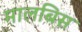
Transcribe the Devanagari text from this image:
मालबिस